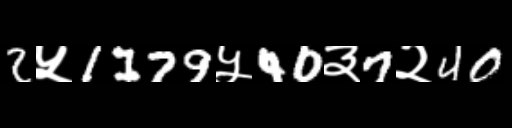
Text: 2५1179५40३7२40